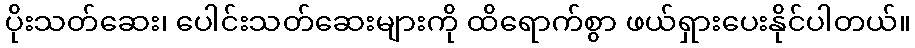
ပိုးသတ်ဆေး၊ ပေါင်းသတ်ဆေးများကို ထိရောက်စွာ ဖယ်ရှားပေးနိုင်ပါတယ်။